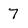
Character: 7